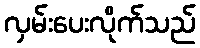
လှမ်းပေးလိုက်သည်